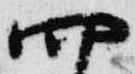
四